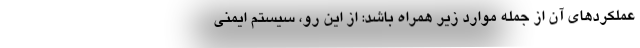
عملکردهای آن از جمله موارد زیر همراه باشد: از این رو، سیستم ایمنی